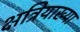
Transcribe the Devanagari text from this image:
क्षत्रियाख्या